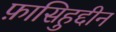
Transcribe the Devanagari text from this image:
फ़ासिहुद्दीन